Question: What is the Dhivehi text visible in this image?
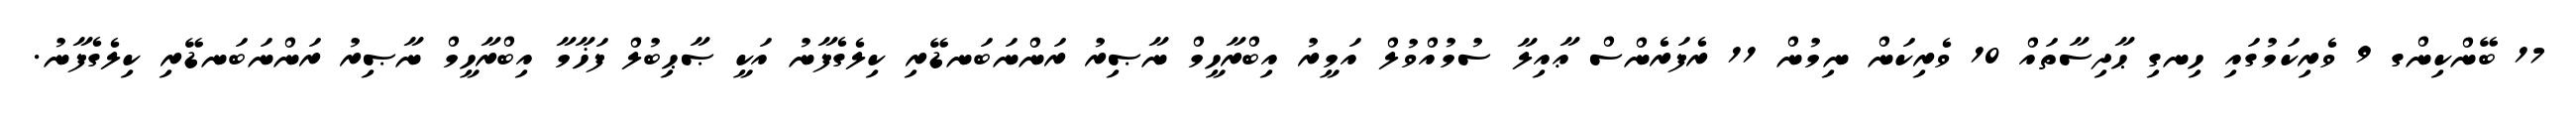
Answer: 17 ބޭންކިންގ 9 ވެރިކަމުގައި ހިނގި ޙާދިސާތައް 10 ވެރިކަން ނިމުން 11 ރެފަރެންސް ޢާއިލާ ސުމުއްވުލް އަމީރު އިބްރާހީމް ނާޞިރު ރަންނަބަނޑޭރި ކިލެގެފާނު އަކީ ޞާޙިބުލް ފަޚާމާ އިބްރާހީމް ނާޞިރު ރަންނަބަނޑޭރި ކިލެގެފާނު.